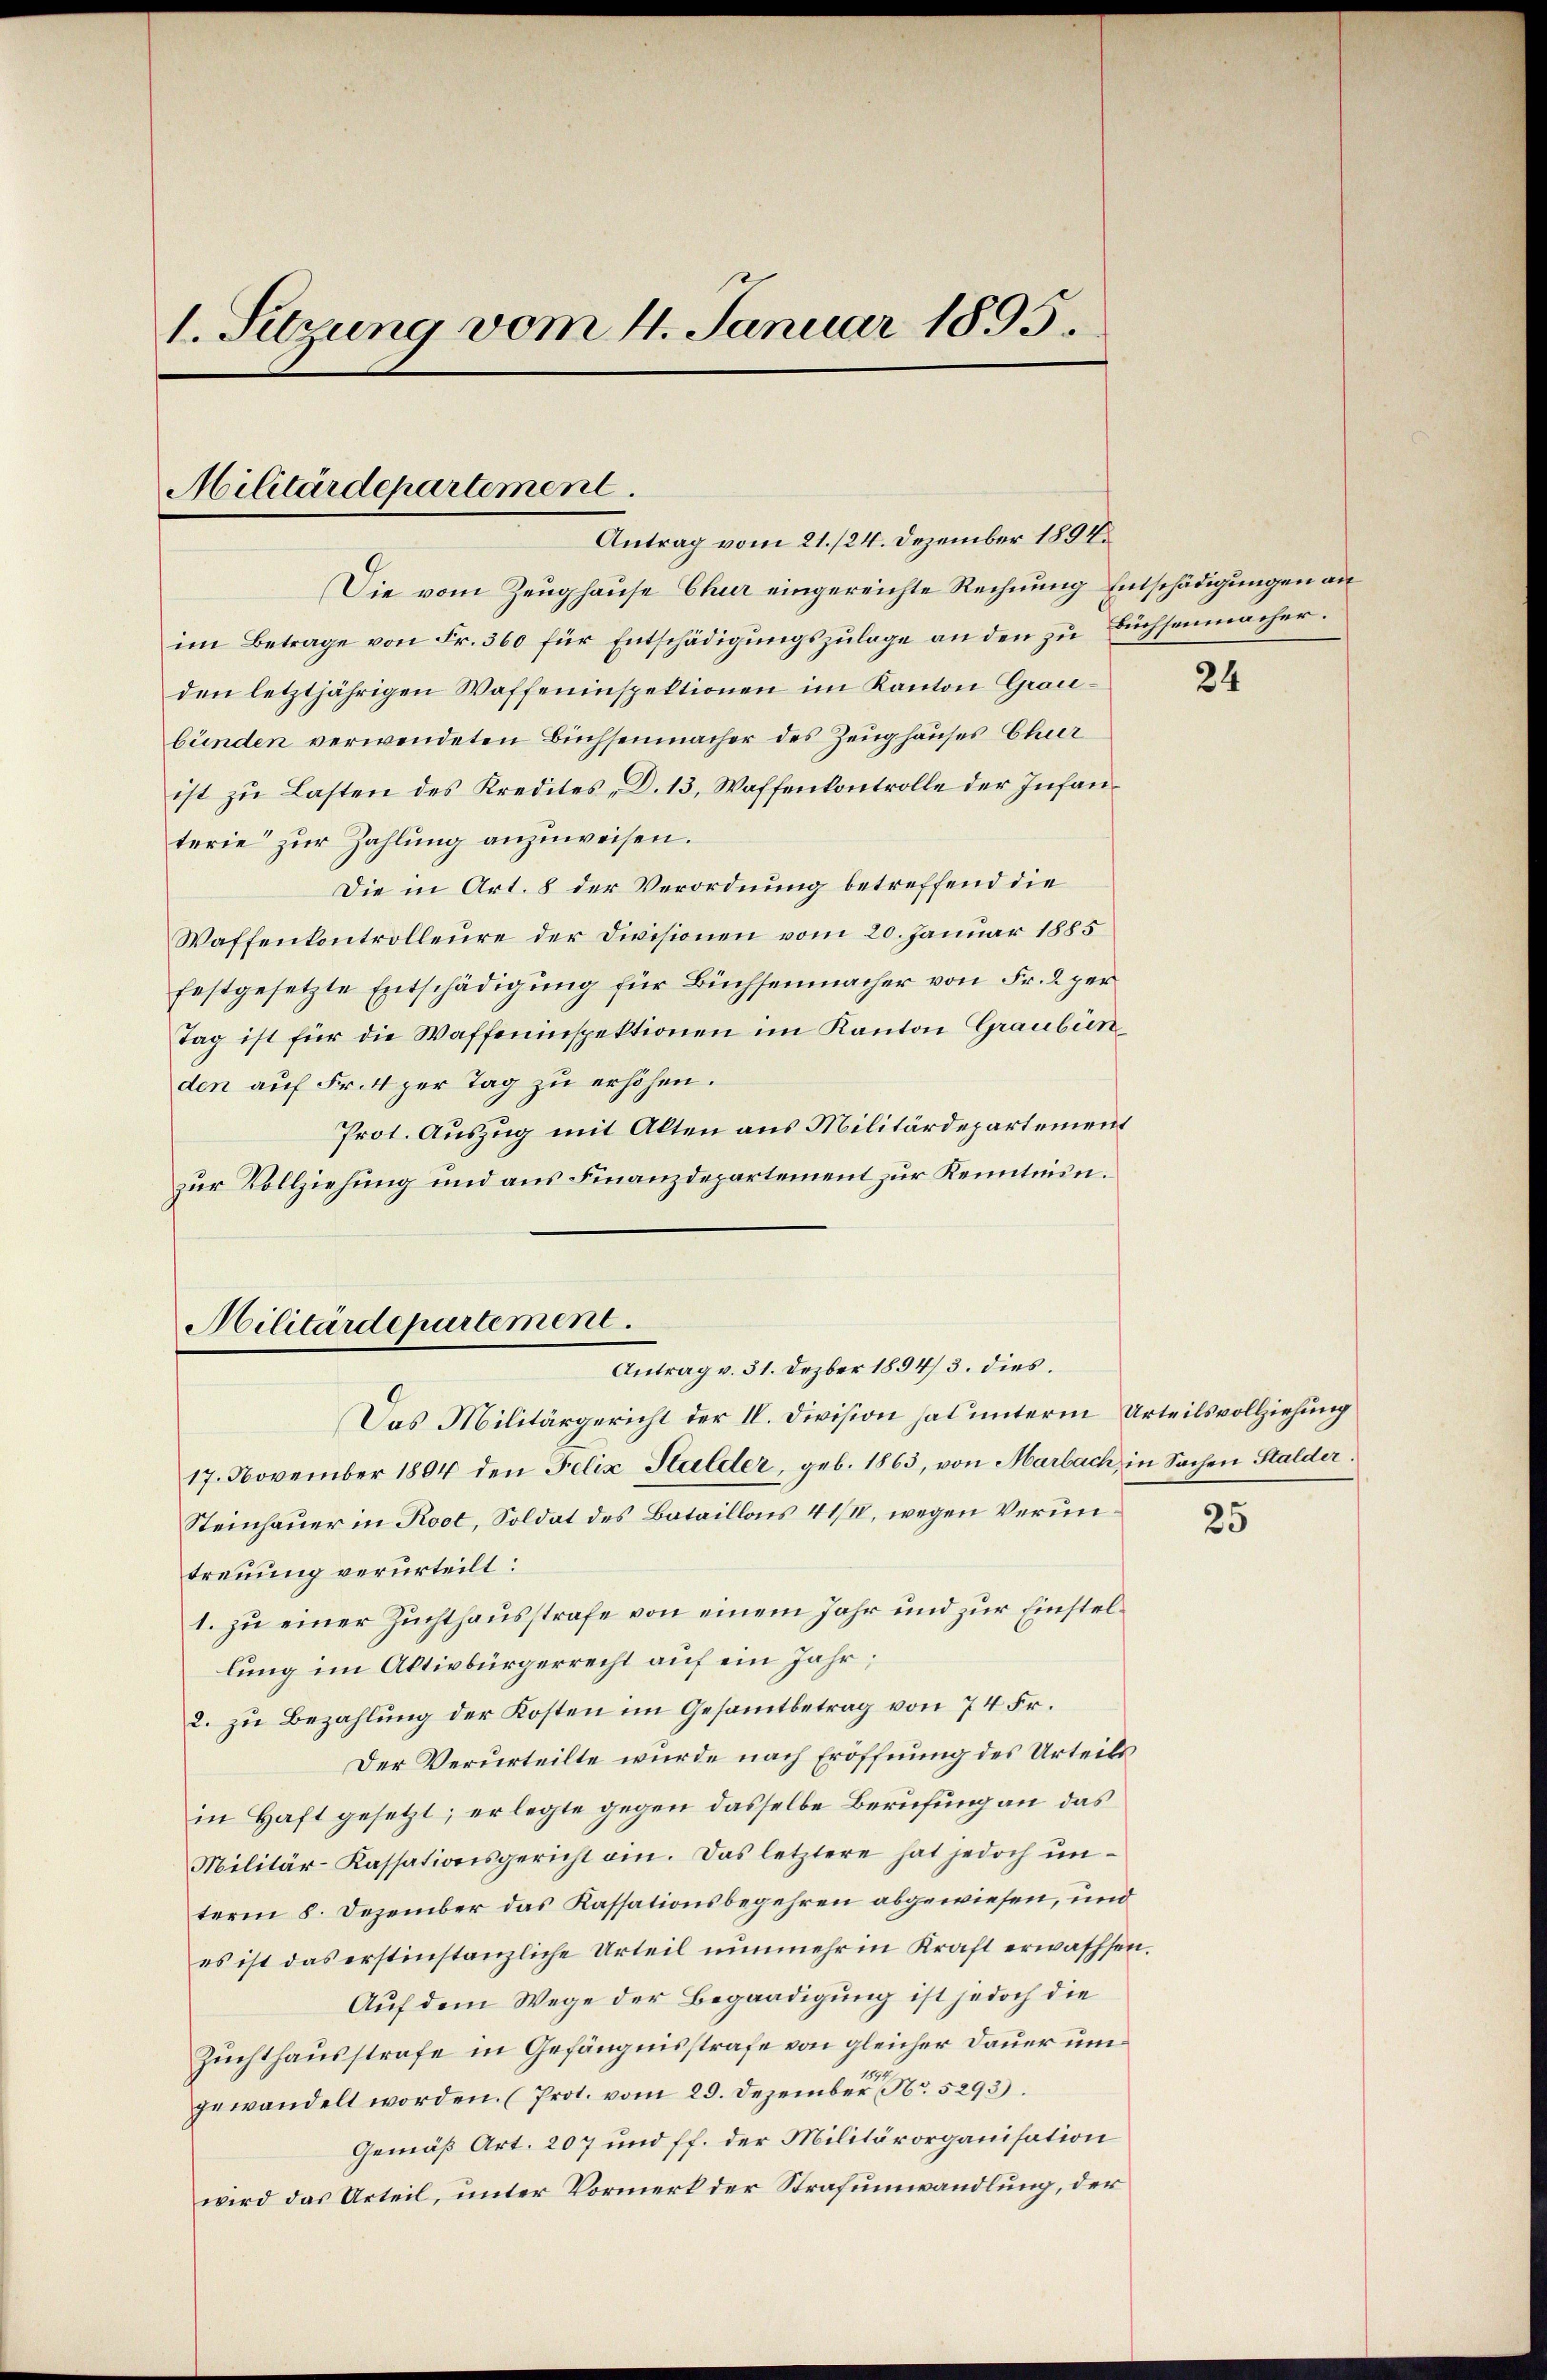
1. Sehrung vom 4. Januar 1895.

Militärdepartement
Antrag vom 21./24. Dezember 1894.

Die vom Zeughause Chur eingereichte Rechnung Entschädigungen an
im Betrage von Fr. 360 für Entschädigungszulage an den zu Buchsenmacher.
den letztjährigen Waffeninspektionen im Kanton Graubünden verwendeten Büchsenmacher des Zeughauses Chur
ist zu Lasten des Kredites, D. 13, Waffenkontrolle der Infanterie zur Zahlung anzuweisen.
Die in Art. 8 der Verordnung betreffend die
Waffenkontrolleure der Divisionen vom 20. Januar 1885
festgesetzte Entschädigung für Büchsenmacher von Fr. 2 per
Tag ist für die Waffeninspektionen im Kanton Graubünden auf Fr. 4 per Tag zu erhöhen.
Prot. Auszug mit Alten aus Militärdepartement
zur Vollziehung und aus Finanzdepartement zur Kenntnin¬
Antrag v. 31. Dezbr 1894/3. dies.
Das Militärgericht der IV. Division hat unterm Urteilsvollziehung
17. November 1894 den Felix Halder, geb. 1863, von Marbach, in Sachen Stalder.
Steinhauer in Root, Soldat des Bataillonis 41/II, wegen Veruntreuung verurteilt:
1. zu einer Zuchthausstrafe von einem Jahr und zur Einstellung im Altivbürgerrecht auf ein Jahr;
2. zu Bezahlung der Kosten im Gesammtbetrag von 74 Fr.
Der Verurteilte wurde nach Eröffnung des Urteils
in Haft gesetzt; er legte gegen dasselbe Berufung an das
Militär-Kassationsgericht ein. Das letztere hat jedoch unterm 8. Dezember das Kassationsbegehren abgewiesen, und
es ist das erstinstanzliche Urteil nunmehr in Kraft erwachsen.
Auf dem Wege der Begnadigung ist jedoch die
Zuchthausstrafe in Gefängnisstrafe von gleicher Dauer um
gewandelt worden. (Prot. vom 29. Dezember Nr. 5293).
Gemäß Art. 207 und ff. der Militärorganisation
wird das Urteil, unter Vormerk der Strafumwandlung, der

Militärdepartement.

24

25